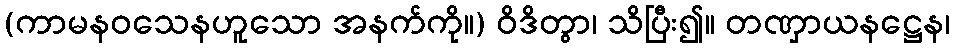
(ကာမနဝသေနဟူသော အနက်ကို။) ဝိဒိတွာ၊ သိပြီး၍။ တဏှာယနဋ္ဌေန၊